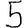
Digit: 5